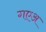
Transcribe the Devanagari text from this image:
गएअ